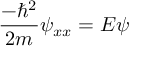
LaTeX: { \frac { - \hbar ^ { 2 } } { 2 m } } \psi _ { x x } = E \psi